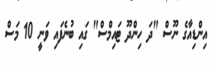
އިންޑިއާގެ ނޫސް "ދަ ހިންދޫ ޓައިމްސް" ގައި ބުނެފައި ވަނީ 10 މަސް